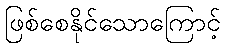
ဖြစ်စေနိုင်သောကြောင့်